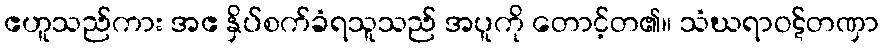
ဧဟူသည်ကား အဧ နှိပ်စက်ခံရသူသည် အပူကို တောင့်တ၏။ သံဃရာဝဋ်တဏှာ